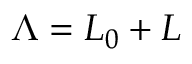
\Lambda = L _ { 0 } + L